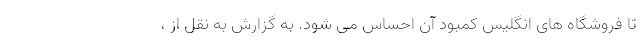
تا فروشگاه های انگلیس کمبود آن احساس می شود. به گزارش به نقل از ،